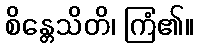
စိန္တေသိတိ၊ ကြံ၏။